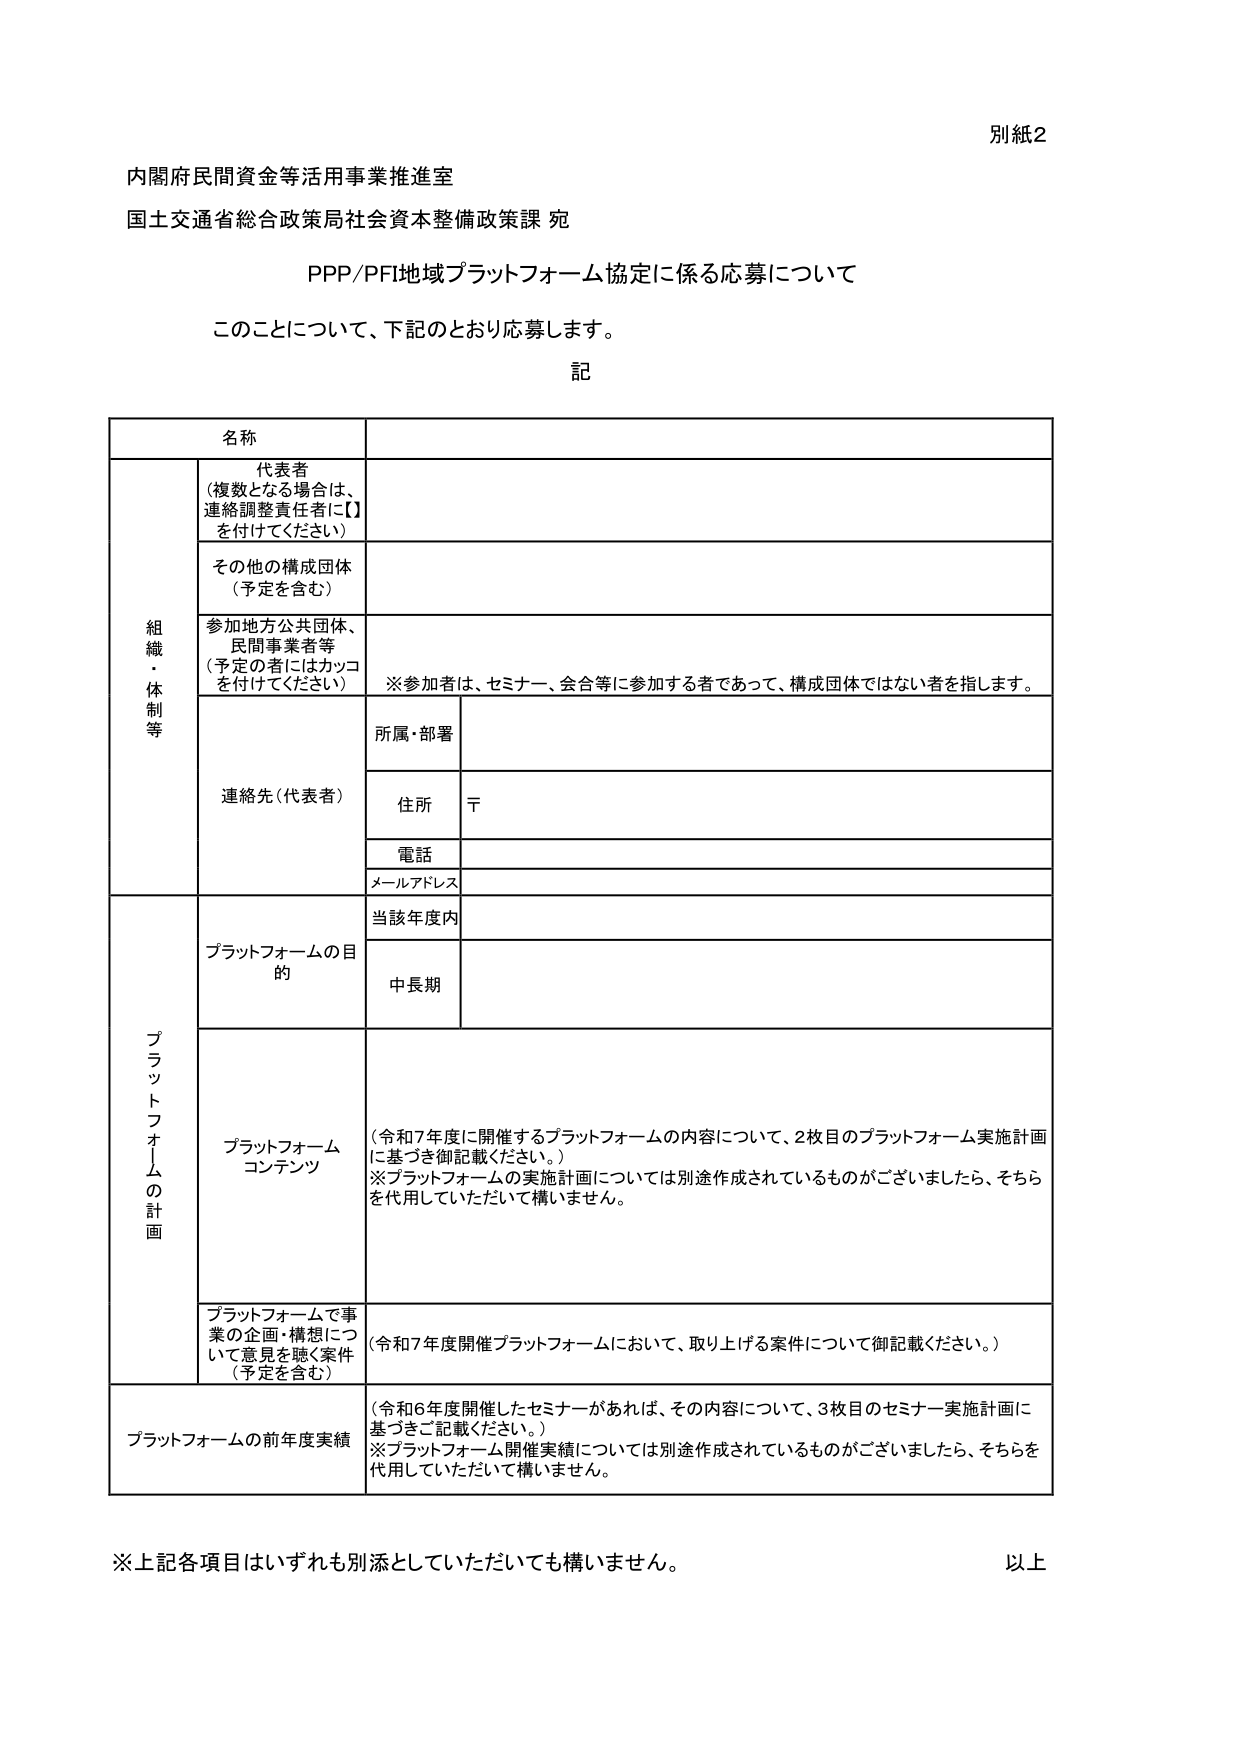
別紙2

内閣府民間資金等活用事業推進室
国土交通省総合政策局社会資本整備政策課 宛

PPP/PFI地域プラットフォーム協定に係る応募について

このことについて、下記のとおり応募します。

記

名称

組織・体制等
代表者
（複数となる場合は、連絡調整責任者に【】を付けてください）

その他の構成団体
（予定を含む）

参加地方公共団体、民間事業者等
（予定の者にはカッコを付けてください）
※参加者は、セミナー、会合等に参加する者であって、構成団体ではない者を指します。

連絡先（代表者）
所属・部署
住所 〒
電話
メールアドレス

プラットフォームの計画
プラットフォームの目的
当該年度内
中長期

プラットフォームコンテンツ
（令和7年度に開催するプラットフォームの内容について、2枚目のプラットフォーム実施計画に基づき御記載ください。）
※プラットフォームの実施計画については別途作成されているものがございましたら、そちらを代用していただいて構いません。

プラットフォームで事業の企画・構想について意見を聴く案件（予定を含む）
（令和7年度開催プラットフォームにおいて、取り上げる案件について御記載ください。）

プラットフォームの前年度実績
（令和6年度開催したセミナーがあれば、その内容について、3枚目のセミナー実施計画に基づきご記載ください。）
※プラットフォーム開催実績については別途作成されているものがございましたら、そちらを代用していただいて構いません。

※上記各項目はいずれも別添としていただいても構いません。
以上